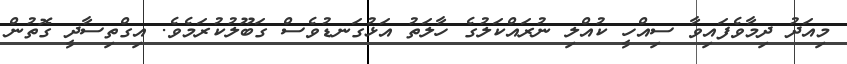
މިއަދު ދިމާވެފައިވާ ސިއްހީ ކުއްލި ނުރައްކަލުގެ ހާލަތު އަޅުގަނޑުވެސް ގަބޫލުކުރަމެވެ. އިގްތިސާދީ ގޮތުން